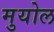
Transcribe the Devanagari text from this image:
मुयोल